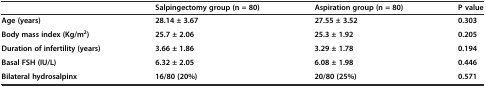
|  | Salpingectomy group (n = 80) | Aspiration group (n = 80) | P value |
 | --- | --- | --- | --- |
 | Age (years) | 28.14 ± 3.67 | 27.55 ± 3.52 | 0.303 |
 | Body mass index (Kg/m2) | 25.7 ± 2.06 | 25.3 ± 1.92 | 0.205 |
 | Duration of infertility (years) | 3.66 ± 1.86 | 3.29 ± 1.78 | 0.194 |
 | Basal FSH (IU/L) | 6.32 ± 2.05 | 6.08 ± 1.98 | 0.446 |
 | Bilateral hydrosalpinx | 16/80 (20%) | 20/80 (25%) | 0.571 |